Civil Veterinary Department. Madras. Admin. report 1926-33 - 1926-1933
Year: 1926
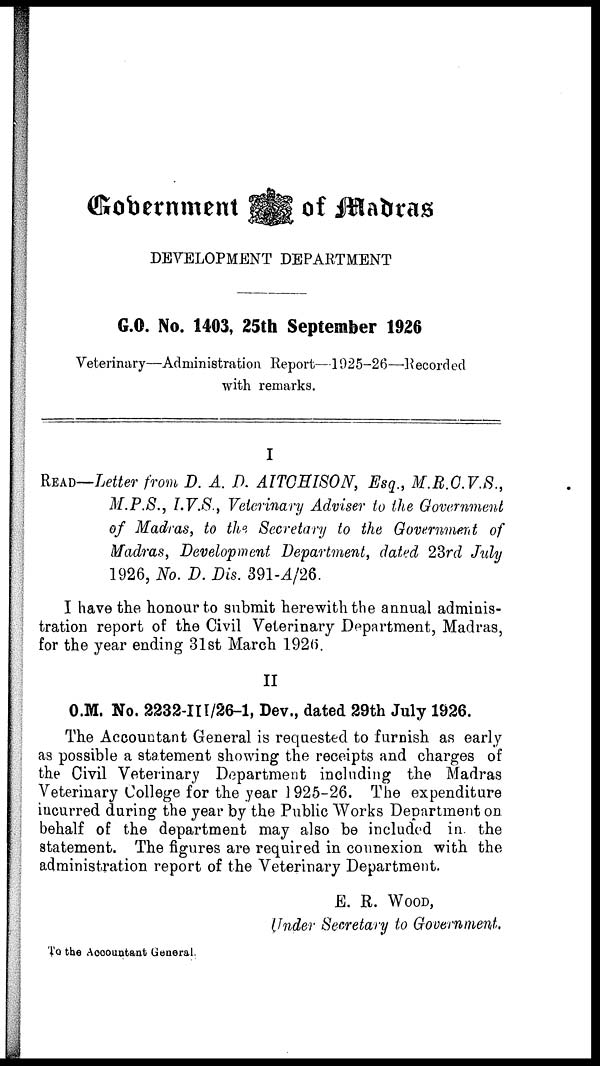
Government
of Madras
DEVELOPMENT DEPARTMENT
G.O. No. 1403, 25th September 1926
Veterinary—Administration Report—1925-26—Recorded
with remarks.
I
READ—Letter from D. A. D. AITOHISON, Esq., M.R.C.V.S.,
M.P.S., I.V.S., Veterinary Adviser to the Government
of Madras, to the Secretary to the Government of
Madras, Development Department, dated 23rd July
1926, No. D. Dis. 391-A/26.
I have the honour to submit herewith the annual adminis-
tration report of the Civil Veterinary Department, Madras,
for the year ending 31st March 192(5.
II
O.M. No. 2282-III/26-1, Dev., dated 29th July 1926.
The Accountant General is requested to furnish as early
as possible a statement showing the receipts and charges of
the Civil Veterinary Department including the Madras
Veterinary College for the year 1925-26. The expenditure
incurred during the year by the Public Works Department on
behalf of the department may also be included in. the
statement. The figures are required in counexion with the
administration report of the Veterinary Department.
E. R. WOOD,
Under Secretary to Government.
To the Accountant General.